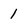
Character: 1